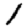
Digit: 1